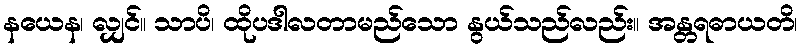
နယေန၊ လျှင်။ သာပိ၊ ထိုပဒါလတာမည်သော နွယ်သည်လည်း။ အန္တရဓာယတိ၊